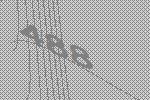
488